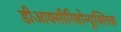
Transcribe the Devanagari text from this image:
डीआक्सीरिबोन्यूक्लिक